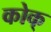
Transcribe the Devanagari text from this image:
कोक्